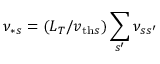
\nu _ { * s } = ( L _ { T } / v _ { \mathrm { t h } s } ) \sum _ { s ^ { \prime } } \nu _ { s s ^ { \prime } }